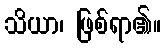
သိယာ၊ ဖြစ်ရာ၏။